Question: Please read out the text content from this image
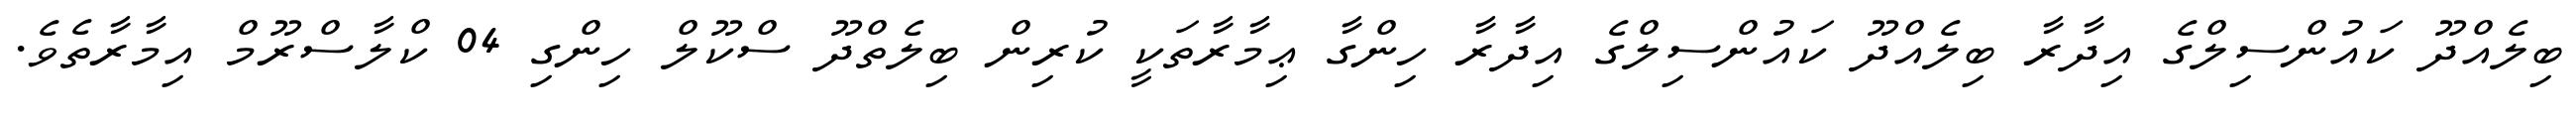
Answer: ބިލެއްދޫ ކައުންސިލްގެ އިދާރާ ބިލެއްދޫ ކައުންސިލްގެ އިދާރާ ހިންގާ ޢިމާރާތަކީ ކުރިން ބިލެތްދޫ ސްކޫލް ހިންގި 04 ކްލާސްރޫމް އިމާރާތެވެ.